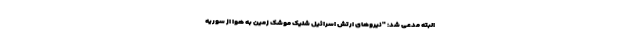
البته مدعی شد: "نیروهای ارتش اسرائیل شلیک موشک زمین به هوا از سوریه